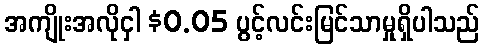
အကျိုးအလိုငှါ $0.05 ပွင့်လင်းမြင်သာမှုရှိပါသည်